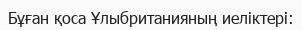
Бұған қоса Ұлыбританияның иеліктері: